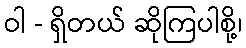
ဝါ - ရှိတယ် ဆိုကြပါစို့၊